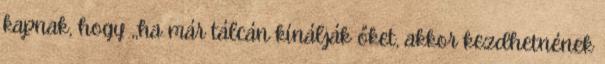
kapnak, hogy ,,ha már tálcán kínálják őket, akkor kezdhetnének